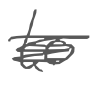
Text: to
Cross-out: mix
Writing tool: digital_gray